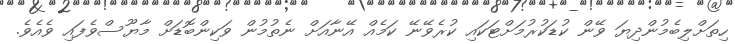
ހިތަށްލިބެމުންދިޔަ ވޭން ކުޑަކުރުމަށްޓަކައި ކުރެވޭނޭ ކަމެއް އޭނާއަށް ނެތުމުން ވަކިންބޮޑަށް މާޔޫސްވެފައި ވެއެވެ.